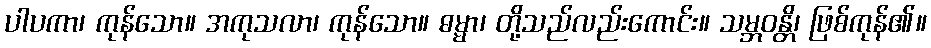
ပါပကာ၊ ကုန်သော။ အကုသလာ၊ ကုန်သော။ ဓမ္မာ၊ တို့သည်လည်းကောင်း။ သမ္ဘဝန္တိ၊ ဖြစ်ကုန်၏။